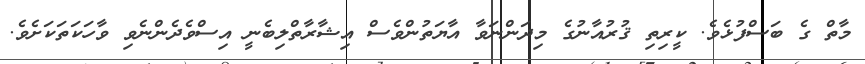
މާތް ގެ ބަސްފުޅެވެ. ކީރިތި ޤުރުއާނުގެ މިދަންނަވާ އާޔަތުންވެސް އިޝާރާތްލިބެނީ އިސްވެދެންނެވި ވާހަކަތަކަށެވެ.